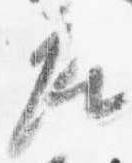
座